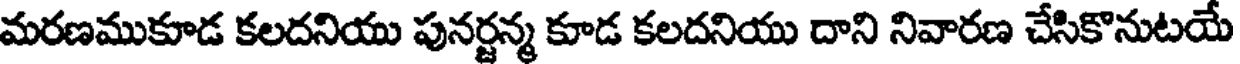
మరణముకూడ కలదనియు పునర్జన్మ కూడ కలదనియు దాని నివారణ చేసికొనుటయే